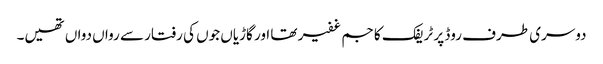
دوسری طرف روڈ پر ٹریفک کا جم غفیر تھا اور گاڑیاں جوں کی رفتار سے رواں دواں تھیں۔